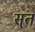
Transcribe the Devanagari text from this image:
स्ंत